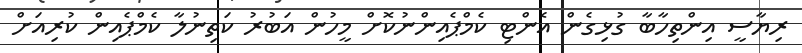
ރިޔާސީ އިންތިހާބާ ގުޅިގެން އެންޓި ކެމްޕެއިންނުކޮށް މީހުން އަބުރު ކަތިނުލާ ކެމްޕެއިން ކުރިއަށް